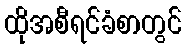
ထိုအစီရင်ခံစာတွင်